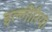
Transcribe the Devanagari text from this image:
इल्लीरिया